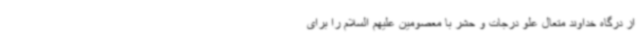
از درگاه خداوند متعال علو درجات و حشر با معصومین علیهم السلام را برای